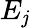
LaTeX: E_{\mathit{j}}